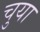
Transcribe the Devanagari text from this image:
चुया